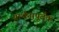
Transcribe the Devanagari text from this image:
प्रार्थनापूर्वक